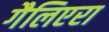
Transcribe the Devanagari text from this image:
गैलिएरा